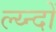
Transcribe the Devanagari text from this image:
ल्य्न्दों